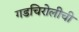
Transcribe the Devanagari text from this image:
गडचिरोलीची